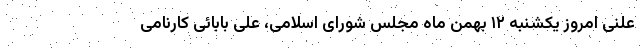
علنی امروز یکشنبه ۱۲ بهمن ماه مجلس شورای اسلامی، علی بابائی کارنامی